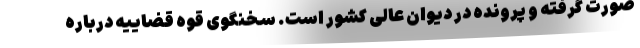
صورت گرفته و پرونده در دیوان عالی کشور است. سخنگوی قوه قضاییه درباره